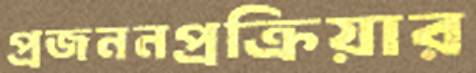
প্রজননপ্রক্রিয়ার